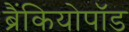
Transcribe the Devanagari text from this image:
ब्रैंकियोपॉड